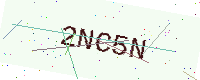
Text: 2NC5N